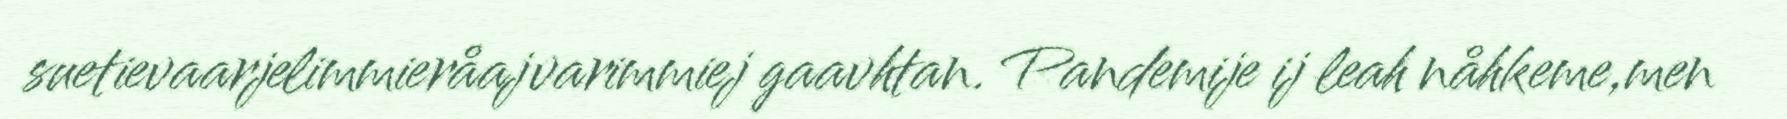
suetievaarjelimmieråajvarimmiej gaavhtan. Pandemije ij leah nåhkeme,men